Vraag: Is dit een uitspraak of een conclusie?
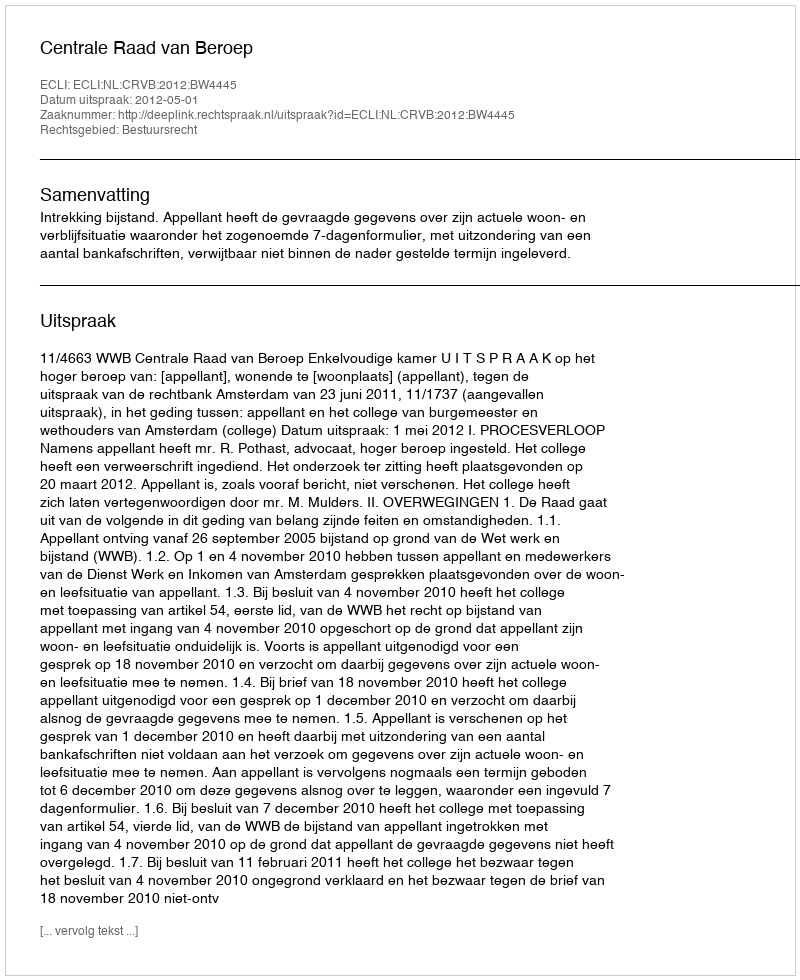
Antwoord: Uitspraak